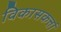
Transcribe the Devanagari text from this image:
विकासकर्त्ता